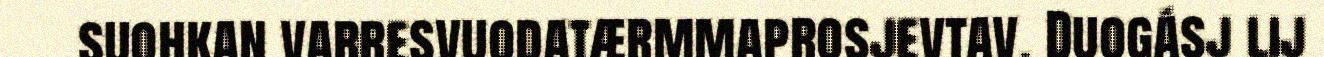
suohkan varresvuodatærmmaprosjevtav. Duogásj lij